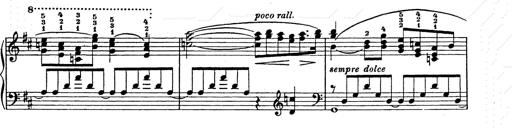
Title: Ballade No.2
Composer: Jan Skrzydlewski
Key: B minor